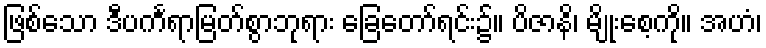
ဖြစ်သော ဒီပင်္ကရာမြတ်စွာဘုရား ခြေတော်ရင်း၌။ ပိဇာနိ၊ မျိုးစေ့ကို။ အဟံ၊